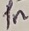
Text: 1n